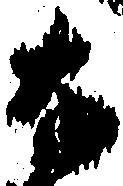
な